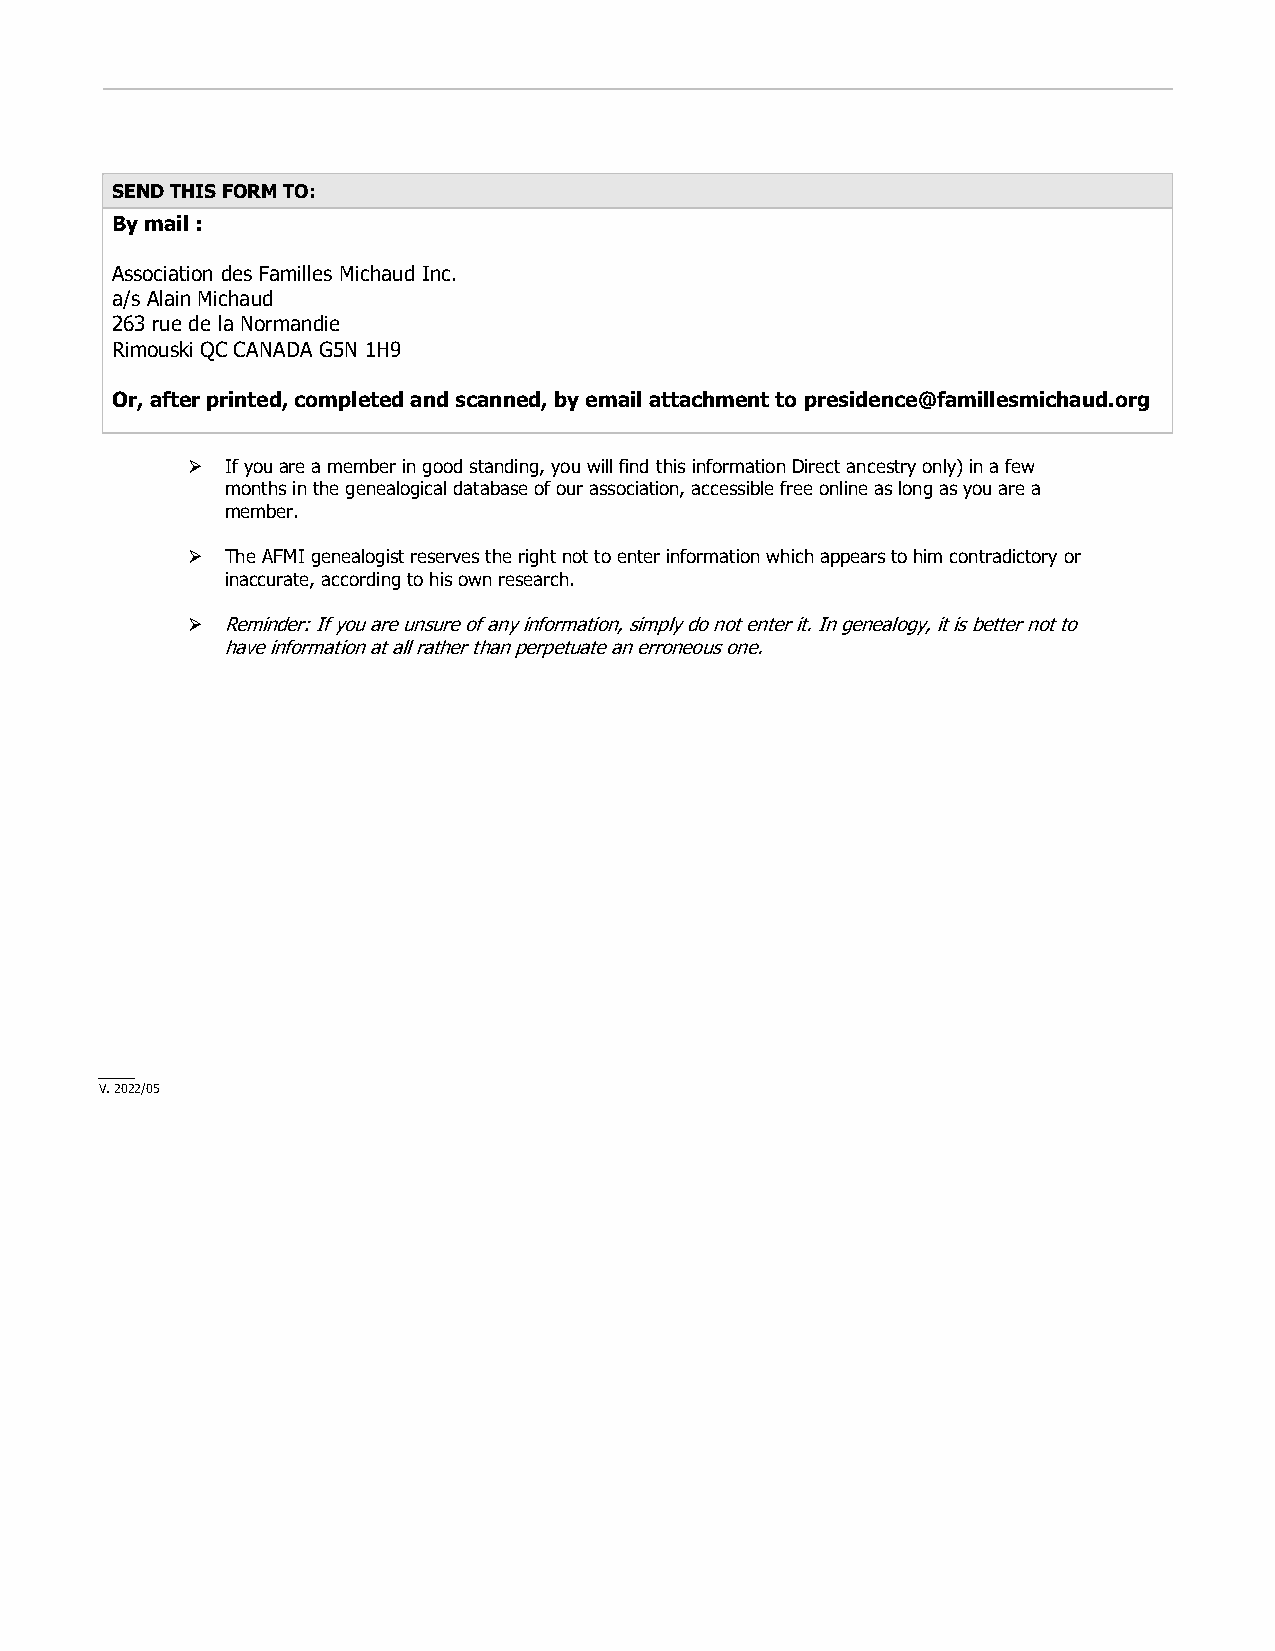
SEND THIS FORM TO:
 By mail :
 Association des Familles Michaud Inc.
 a/s Alain Michaud
 263 rue de la Normandie
 Rimouski QC CANADA G5N 1H9
 Or, after printed, completed and scanned, by email attachment to presidence@famillesmichaud.org
 ➢  If you are a member in good standing, you will find this information Direct ancestry only) in a few
 months in the genealogical database of our association, accessible free online as long as you are a
 member.
 ➢  The AFMI genealogist reserves the right not to enter information which appears to him contradictory or
 inaccurate, according to his own research.
 ➢  Reminder: If you are unsure of any information, simply do not enter it. In genealogy, it is better not to
 have information at all rather than perpetuate an erroneous one.
 ____
 V. 2022/05